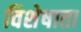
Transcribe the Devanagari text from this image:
विशेषाता